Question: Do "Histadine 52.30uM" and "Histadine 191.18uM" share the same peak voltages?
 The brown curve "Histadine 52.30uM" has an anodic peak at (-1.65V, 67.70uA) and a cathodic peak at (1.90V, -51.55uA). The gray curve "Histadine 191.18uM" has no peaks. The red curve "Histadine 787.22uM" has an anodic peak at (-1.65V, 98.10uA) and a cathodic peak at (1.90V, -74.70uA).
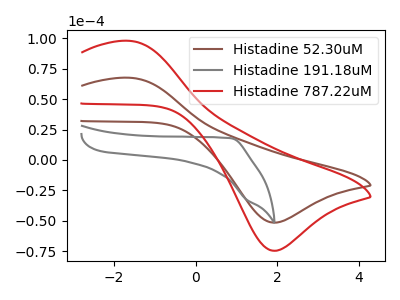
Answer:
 <answer>No, "Histadine 52.30uM" and "Histadine 191.18uM" have a different number of peaks.</answer>
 <eval>different_amount</eval>